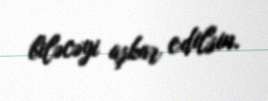
biləcəyi aşkar edilsin.